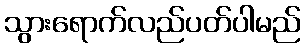
သွားရောက်လည်ပတ်ပါမည်